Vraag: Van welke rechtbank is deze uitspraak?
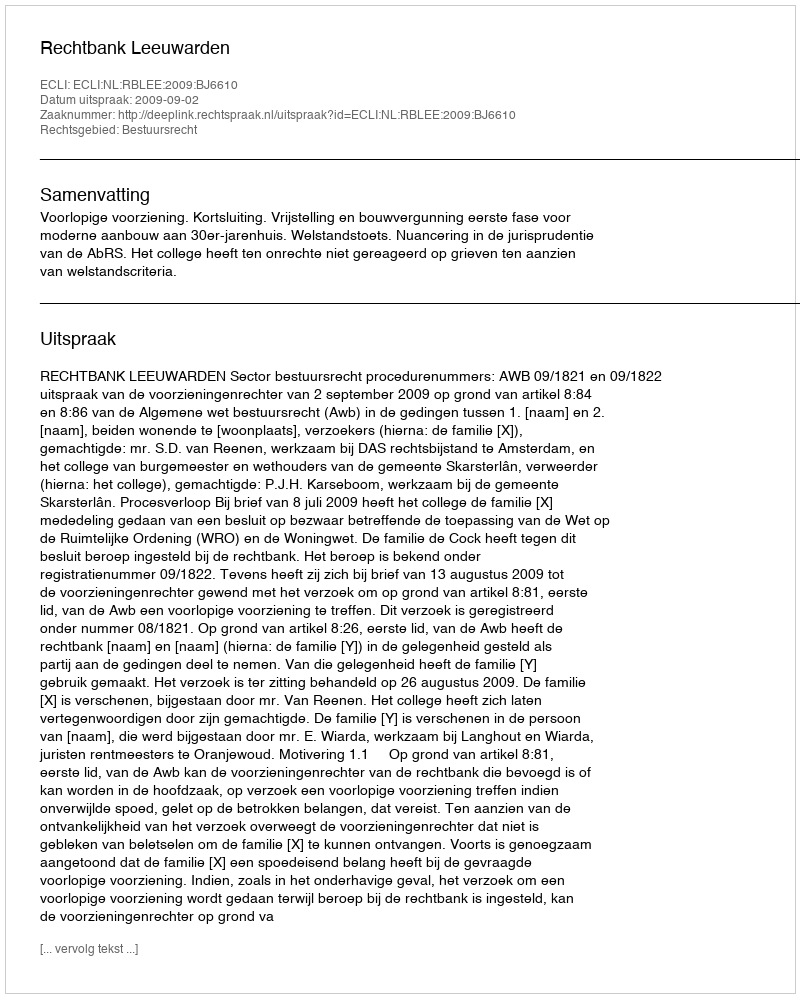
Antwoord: Rechtbank Leeuwarden